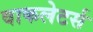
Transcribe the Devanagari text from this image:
वाकलेटर्स